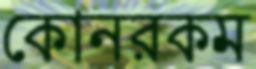
কোনরকম